Annual statistical returns and brief notes on vaccination in Bengal - 1909-1929
Year: 1909
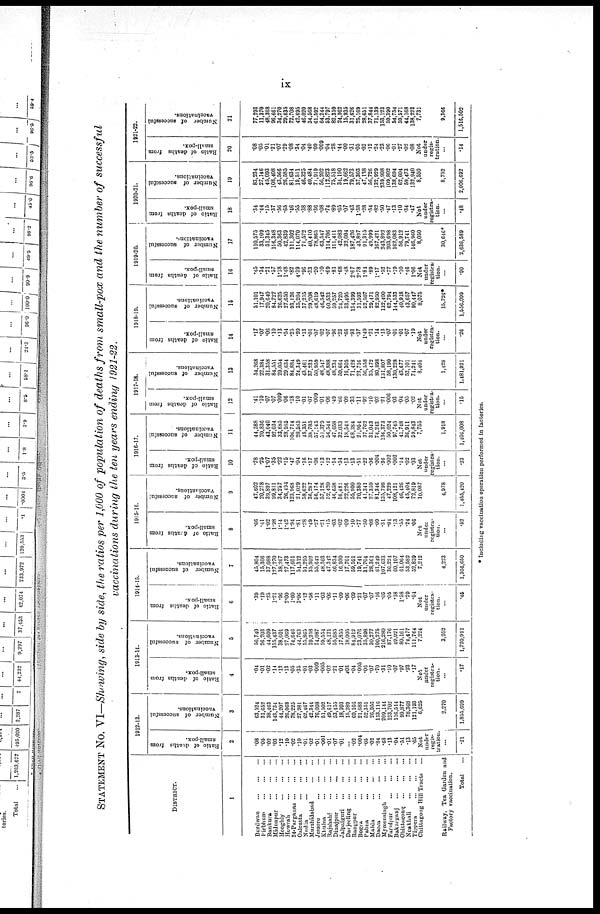
ix
STATEMENT No. VI—Showing, side by side, the ratios per 1,000 of population of deaths from small-pox and the number of successful
vaccinations during the ten years ending 1921-22.
DISTRICT.
1
Burdwan
...
...
...
Birbhum
...
...
...
Bankura
...
...
...
Midnapur
...
...
...
Hooghly
...
...
...
Howrah
...
...
...
24-Parganas
...
...
...
Calcutta
...
...
...
Nadia
...
...
...
Murshidabad ... ... ...
Jessore
...
...
...
Khulna
...
...
...
Rajshahi
...
...
...
Dinajpur
...
...
...
Jalpaiguri
...
...
...
Darjeeling
...
...
...
Rangpur
...
...
...
Bogra
...
...
...
Pabna
...
...
...
Malda
...
...
...
Dacca
...
...
...
Mymensingh
...
...
Faridpur
...
...
...
Bakarganj
...
...
...
Chittagong
...
...
...
Noakhali
...
...
...
Tippera
...
...
...
Chittagong Hill Tracts
...
Railway, Tea Garden and
Factory vaccination.
Total ...
1912-13.
Ratio of deaths from
small-pox.
2
.08
.05
.02
.03
.12
.10
.02
.10
.01
.02
.01
.001
.01
.07
.01
... .02
.004
.05
.02
.84
.68
.13
.04
.51
.13
.65
Not
under
regis-
tration.
...
.21
Number of successful
vaccinations.
3
63,524
31,652
38,463
143,734
44,207
26,068
78,225
27,981
62,467
42,344
76,008
51,502
49,617
53,455
18,993
15,289
69,166
21,888
52,351
26,956
113,116
209,144
123,702
116,514
90,877
78,368
121,193
6,625
2,270
1,855,699
1913-14.
Ratio of deaths from
small-pox.
4
.04
.01
.02
.14
.12
.13
.05
.35
.01
.03
.009
.005
.02
.21
.01
.03
.04
.005
.06
.07
.70
.31
.10
.07
.97
.23
.17
Not
under
registra-
tion.
...
.17
Number of successful
vaccinations.
5
56,740
26,203
44,609
135,437
38,601
27,069
74,646
44,763
55,865
39,258
74,087
59,554
48,121
55,685
17,855
18,005
84,912
23,076
35,898
30,277
100,275
216,280
87,176
49,921
80,161
74,477
111,764
7,224
3,052
1,720,991
1914-15.
Ratio of deaths from
small-pox.
6
.39
.19
.25
1.21
.96
2.00
1.60
3.06
.12
.58
.11
.03
.06
.11
.09
.06
.09
.21
.07
.07
.16
.09
.05
.18
1.58
.29
.04
Not
under
registra-
tion.
...
.45
Number of successful
vaccinations.
7
45,804
15,306
37,088
127,270
38,267
27,473
117,601
54,312
51,295
35,302
55,642
48,303
47,342
46,834
16,930
17,701
59,591
19,741
31,704
28,361
61,249
107,633
36,224
60,107
61,064
53,582
52,839
7,212
4,223
1,366,650
1915-16.
Ratio of deaths from
small-pox.
8
.66
.41
1.02
1.98
1.14
1.42
1.94
.81
.28
.49
.27
.21
.15
.03
.02
.09
.10
.77
.50
.08
.09
.31
.04
.13
.55
.24
.06
Not
under
registra-
tion.
...
.52
Number of successful
vaccinations.
9
47,502
20,278
39,897
99,811
34,257
26,494
123,968
21,029
58,622
36,287
56,174
57,128
52,420
46,658
16,481
22,226
55,900
20,380
41,341
27,359
81,346
135,798
47,229
108,121
46,426
45,404
72,819
10,087
4,978
1,455,420
1916-17.
Ratio of deaths from
small-pox.
10
.78
.25
1.07
.35
.22
.15
.47
.04
.16
.17
.08
.13
.12
.14
.54
.13
.13
.51
.22
.06
.004
.36
.002
.002
.14
.02
.03
Not
under
registra-
tion.
...
.23
Number of successful
vaccinations.
11
44,588
20,836
43,040
92,034
33,685
28,985
106,714
20,585
48,351
38,785
57,145
51,379
56,544
47,058
32,033
18,543
68,384
21,954
37,762
31,043
74,243
136,373
50,024
97,745
41,748
36,911
59,843
7,755
1,918
1,406,008
1917-18.
Ratio of deaths from
small-pox.
12
.41
.10
.07
.07
.009
.06
.18
.10
.01
.07
.009
.01
.06
.49
.66
.09
.33
.11
.92
.10
.02
.21
.006
.03
.04
.05
.02
Not
under
registra-
tion.
...
.15
Number of successful
vaccinations.
13
54,268
22,384
31,358
84,551
29,054
29,634
84,884
24,349
43,461
37,233
50,959
48,547
48,888
48,234
59,664
16,305
71,428
23,716
56,558
35,472
80,898
131,807
58,190
130,228
43,677
52,101
74,241
8,404
1,428
1,481,921
1918-19.
Ratio of deaths from
small-pox.
14
.17
.07
.06
.10
.13
.54
.25
.99
.13
.01
.07
.02
.07
.96
.23
.66
.93
.37
1.49
.21
.14
.13
.07
.01
.01
.07
.19
Not
under
registra-
tion.
...
.26
Number of successful
vaccinations.
15
51,101
17,947
20,640
84,727
26,625
27,650
93,126
35,204
37,235
29,208
48,619
46,542
60,533
59,257
24,720
33,495
134,399
31,593
52,507
29,471
82,950
132,400
62,794
144,533
40,918
43,657
90,447
8,075
15,726*
1,556,099
1919-20.
Ratio of deaths from
small-pox.
16
.45
.34
.21
.57
1.18
1.48
.82
4.39
.96
.33
.20
.10
.69
.81
.68
.48
2.67
2.78
1.81
.89
1.17
.52
.77
.19
.10
.46
1.06
Not
under
registra-
tion.
...
.90
Number of successful
vaccination .
17
110,575
33,109
51,345
116,348
50,363
42,839
111,302
114,070
71,572
40,410
78,865
63,547
114,706
111,411
42,083
32,004
187,426
43,897
91,315
49,999
167,421
243,892
203,698
162,083
56,912
79,741
146,960
8,050
30,646*
2,636,589
1920-21.
Ratio of deaths from
small-pox.
18
.34
.44
.15
.37
.56
.65
.46
.55
.38
.88
.36
.08
.74
.89
.65
.07
.43
1.38
.28
.54
.82
.50
.47
.13
.10
.34
.47
Not
under
registra-
tion.
...
.48
Number of successful
vaccinations.
19
83,234
27,146
45,093
108,408
43,566
26,585
81,634
19,511
46,325
40,484
71,919
56,202
112,823
75,518
34,190
19,662
79,573
37,303
47,138
56,726
132,929
239,908
109,802
138,694
62,604
59,473
132,940
8,550
8,752
2,006,692
1921-22.
Ratio of deaths from
small-pox.
20
.08
.05
.01
.21
.07
.29
.08
.34
.04
.40
.09
.009
.04
.28
.44
.00
.31
.05
.02
.12
.24
.23
.06
.01
.27
.02
.08
Not
under
regis-
tration.
...
.14
Number of successful
vaccinations.
21
77,293
11,370
48,368
96,661
34,270
29,635
72,708
42,695
46,020
34,568
61,592
64,244
53,797
82,359
24,962
15,935
31,626
25,169
28,651
37,844
71,139
153,123
59,390
54,754
59,571
44,168
138,223
7,731
9,366
1,516,502
* Including vaccination operation performed in factories.